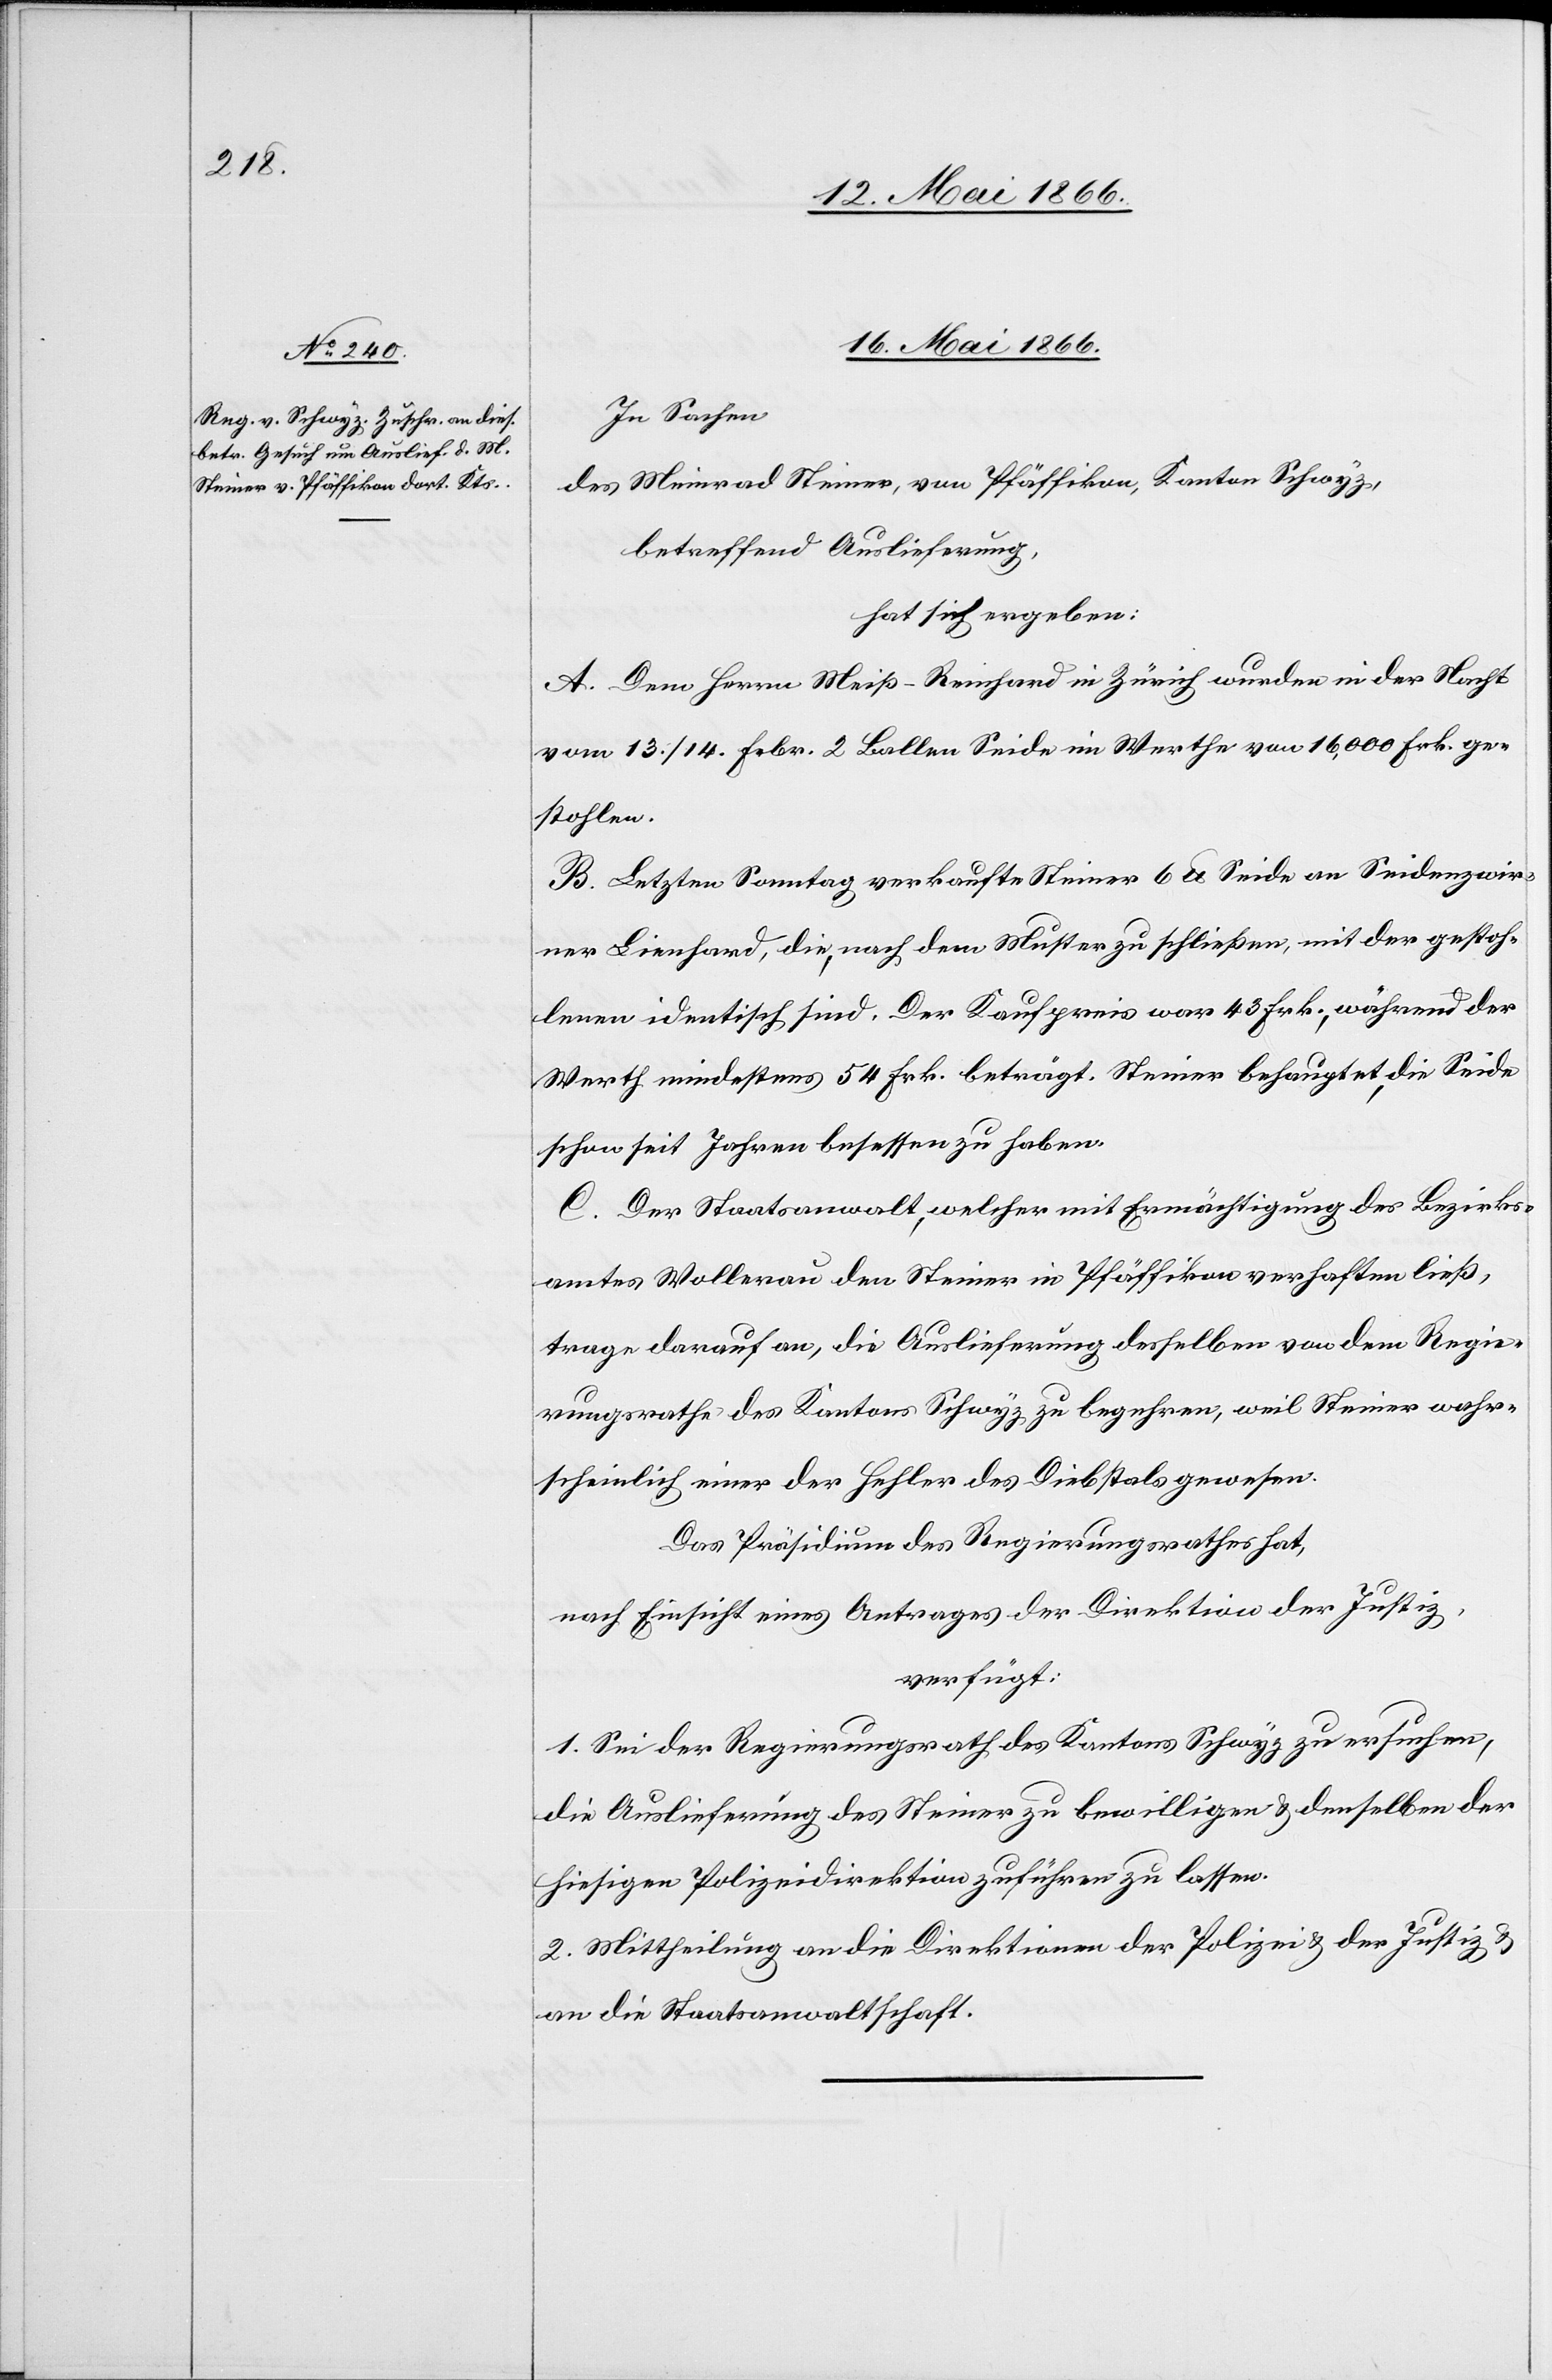
16. Mai 1866.
In Sachen
des Meinrad Steiner, von Pfäffikon, Kanton Schwyz,
betreffend Auslieferung,
hat sich ergeben:
A. Dem Herrn Meiß-Reinhard in Zürich wurden in der Nacht
vom 13./14. Febr. 2 Ballen Seide im Werthe von 16 000 Frk. ge¬
stohlen.
B. Letzten Sonntag verkaufte Steiner 6 lb Seide an Seidenzwir¬
ner Lienhard, die nach dem Muster zu schließen, mit der gestoh¬
lenen identisch sind. Der Kaufpreis war 43 Frk., während der
Werth mindestens 54 Frk. beträgt. Steiner behauptet, die Seide
schon seit Jahren besessen zu haben.
C. Der Staatsanwalt, welcher mit Ermächtigung des Bezirks¬
amtes Wollerau den Steiner in Pfäffikon verhaften ließ,
trage darauf an, die Auslieferung desselben von dem Regie¬
rungsrathe des Kantons Schwyz zu begehren, weil Steiner wahr¬
scheinlich einer der Hehler des Diebstals gewesen.
Das Präsidium des Regierungsrathes hat,
nach Einsicht eines Antrages der Direktion der Justiz,
verfügt:
1. Sei der Regierungsrath des Kantons Schwyz zu ersuchen,
die Auslieferung des Steiner zu bewilligen u. denselben der
hiesigen Polizeidirektion zuführen zu lassen.
2. Mittheilung an die Direktionen der Polizei u. der Justiz u.
an die Staatsanwaltschaft.